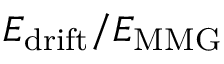
E _ { \mathrm { d r i f t } } / E _ { \mathrm { M M G } }